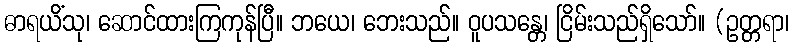
ဓာရယိံသု၊ ဆောင်ထားကြကုန်ပြီ။ ဘယေ၊ ဘေးသည်။ ဝူပသန္တေ၊ ငြိမ်းသည်ရှိသော်။ (ဥတ္တရာ၊